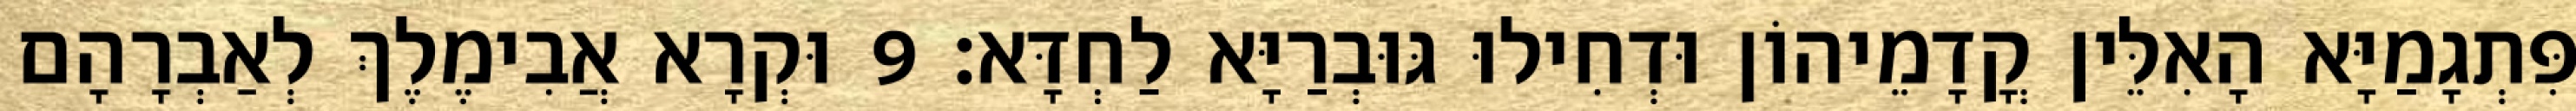
פִּתְגָמַיָּא הָאִלֵּין קֳדָמֵיהוֹן וּדְחִילוּ גּוּבְרַיָּא לַחְדָּא׃ 9 וּקְרָא אֲבִימֶלֶךְ לְאַבְרָהָם